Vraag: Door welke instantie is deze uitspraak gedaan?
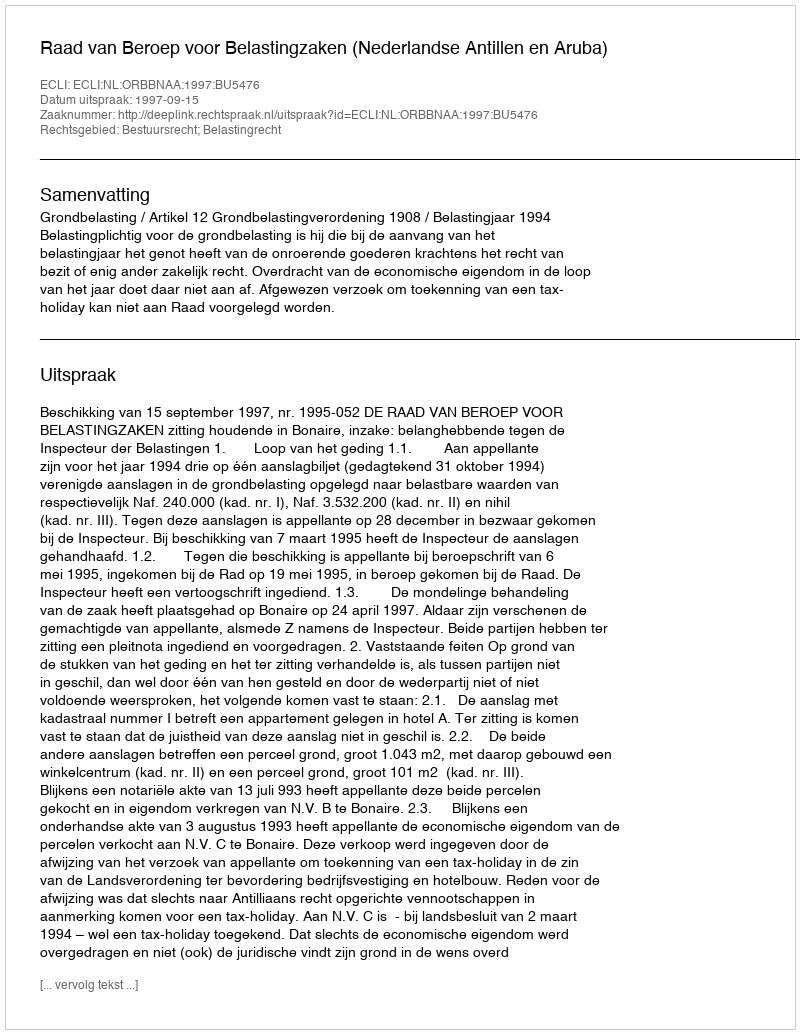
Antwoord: Raad van Beroep voor Belastingzaken (Nederlandse Antillen en Aruba)